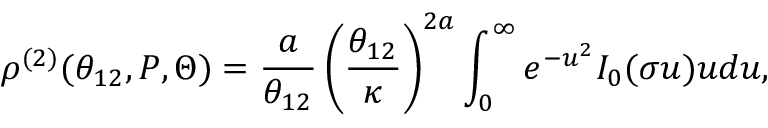
\rho ^ { ( 2 ) } ( \theta _ { 1 2 } , P , \Theta ) = { \frac { a } { \theta _ { 1 2 } } } \left( { \frac { \theta _ { 1 2 } } { \kappa } } \right) ^ { 2 a } \int _ { 0 } ^ { \infty } e ^ { - u ^ { 2 } } I _ { 0 } ( \sigma u ) u d u ,